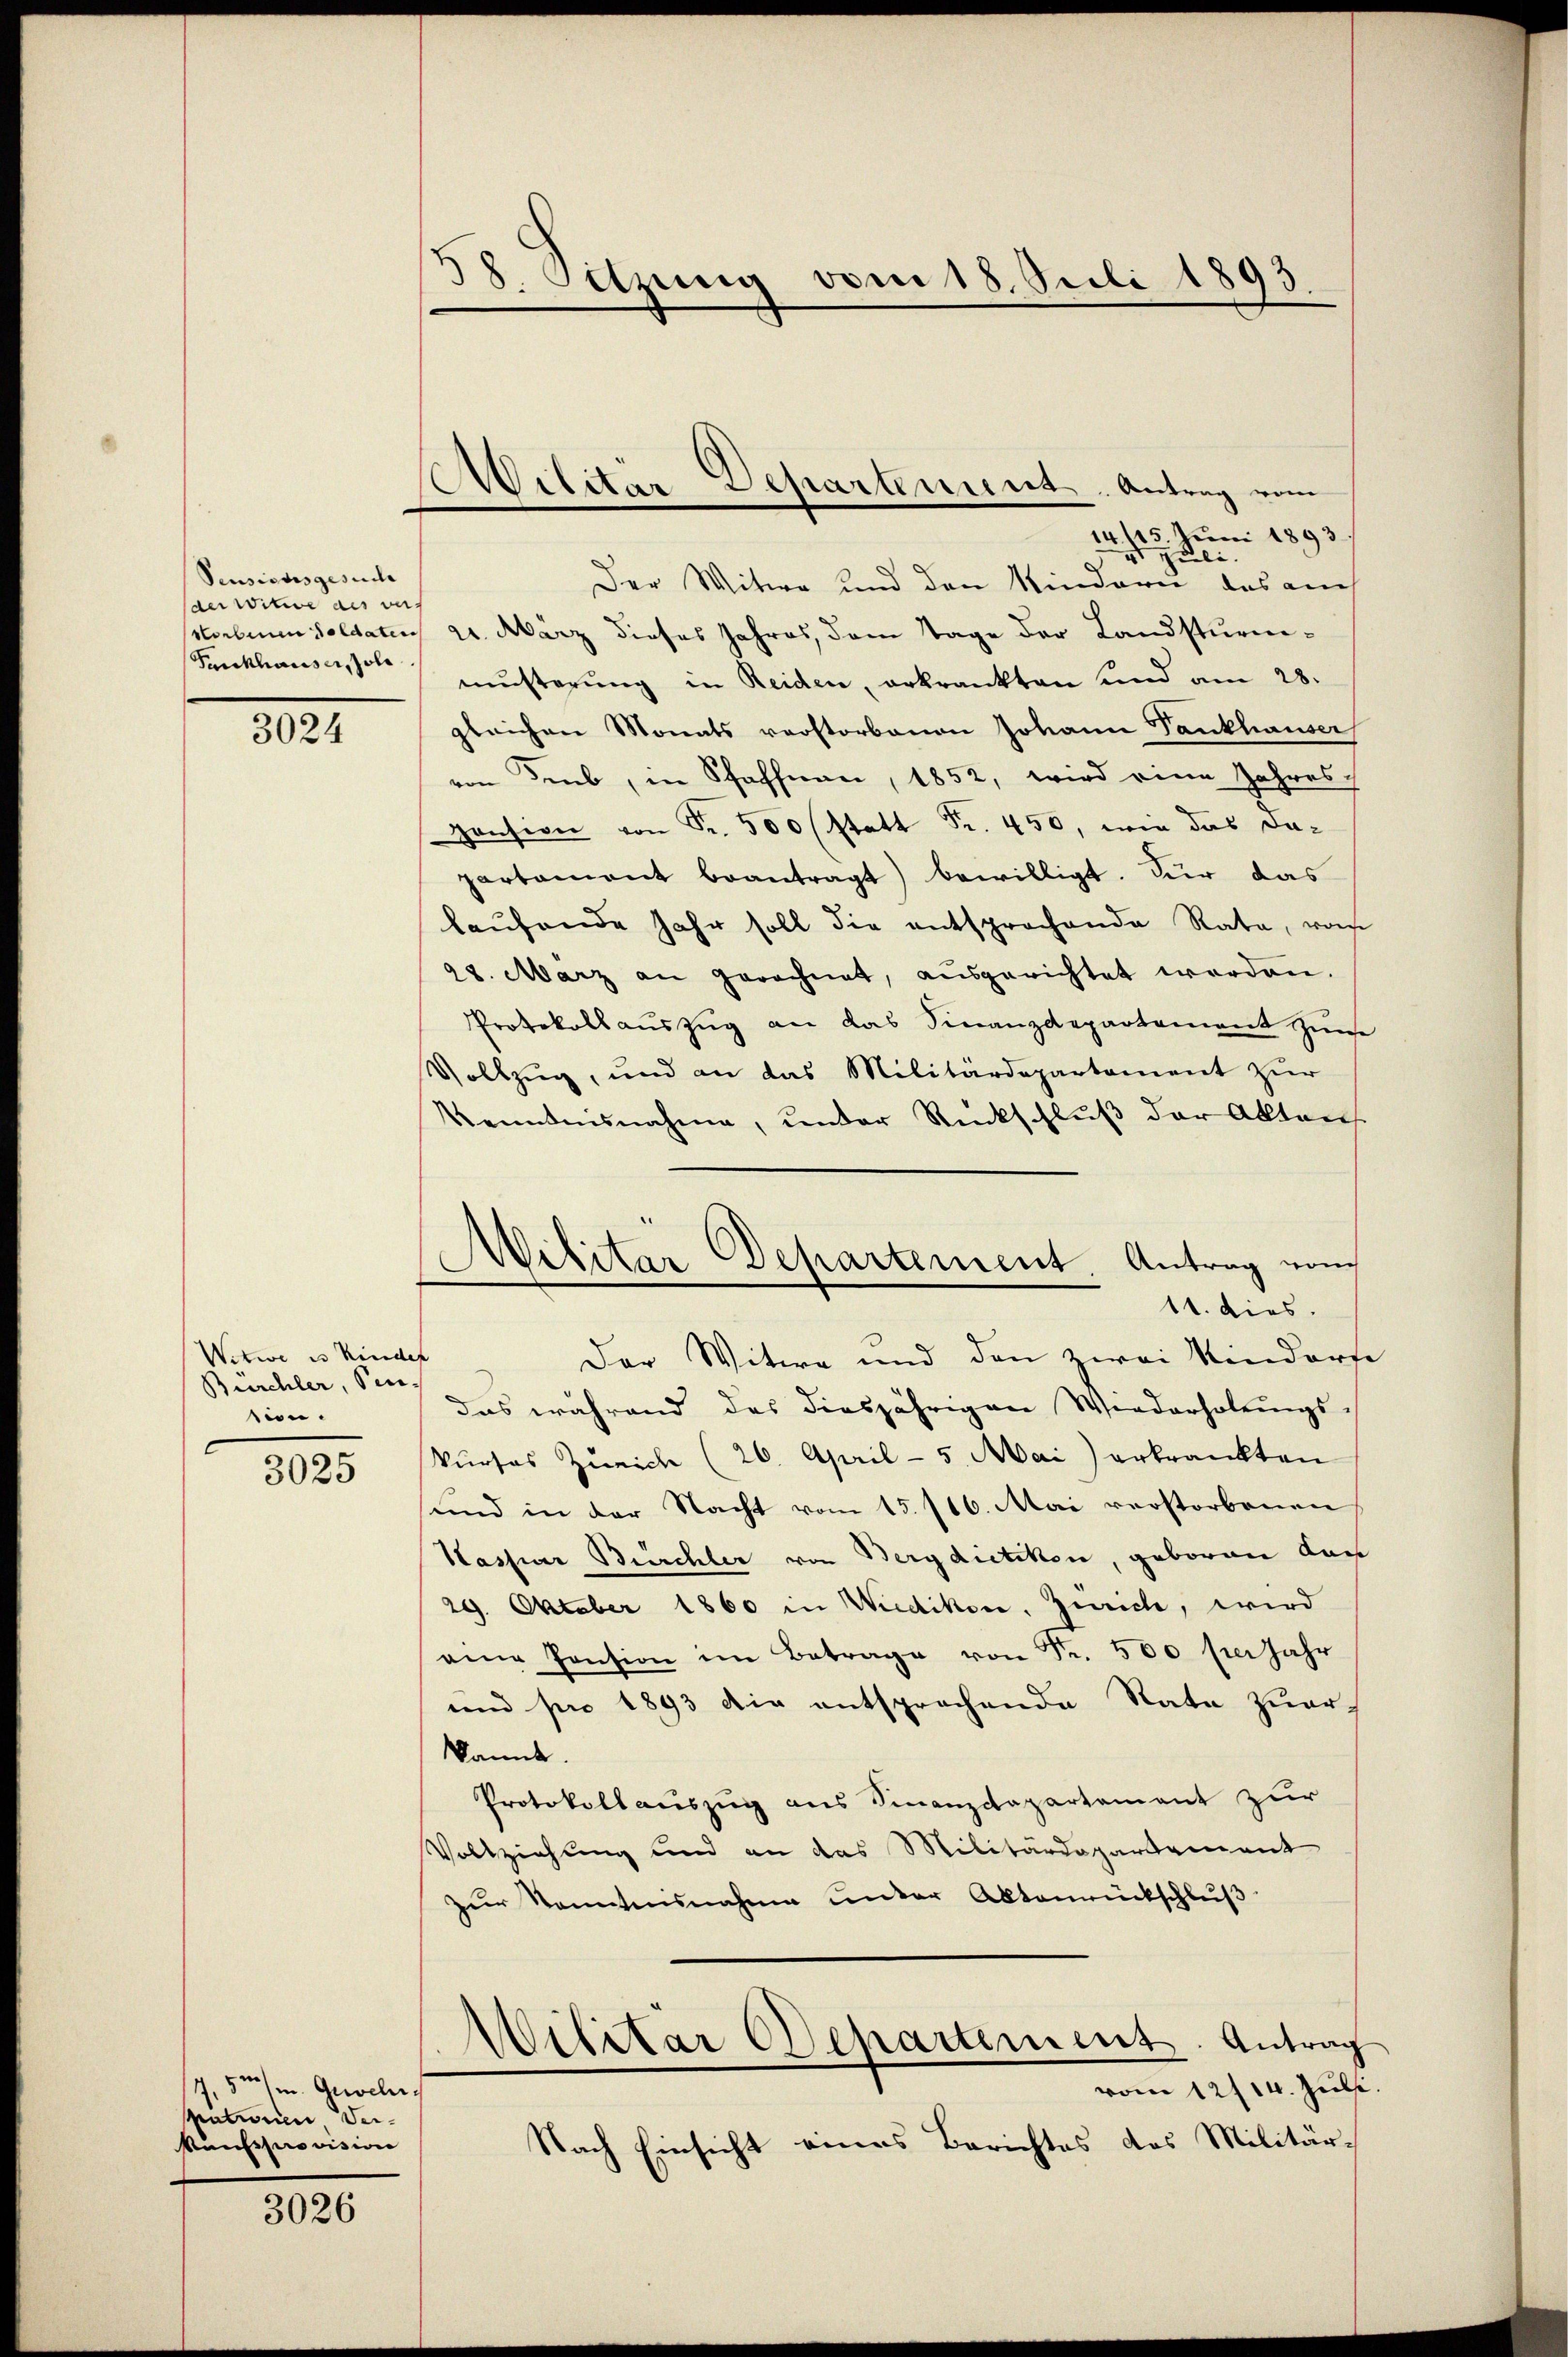
Pensionsgesuche
der Witwe des ver
Norbenen Soldaten
Fankhauser, Joli

3024

Witwe in Kinder
Burchler, Ven.
ien.

3025

4,5m m. Geweles
pationen Ver-
Rufsprovision

3026

38. Sitzung vom 18. Juli 1893.

Militär Departement. Antrag vom
e

Militar Departement. Antrag vom
11. dies

14. 115 Juni 1893
Juli
Der Witwe und den Kindern, das auch
2. März dieses Jahres, dem Tage der Landsturm-
musterŭng in Reiden, erkrankten und am 28.
gleichen Monats verstorbenen Johann Tankhauser
von Sieb, in Schaffnen, 1852, wird eine Jahres-
Pension von Fr. 500 (statt Fr. 450, wie das dapartament beantragt) bewilligt. Für das
laŭfende Jahr soll die entsprochende Rata, von
28. März an gerechnet, aŭsgerichtet werden.
Protokollauszug an das Finanzdepartement zum
Vollzug, und an das Militärdepartement zur
Kenntnisnahme, under Rückschlŭβ der Akten
Der Witwe und den zwei Sendorfe
das während das diesjährigen Wiederholungs-
kŭrses Zürich (26. April - 5. Mai erkrankten
und in der Nacht vom 15. 116. Mai verstorbenen
Kasser Burchler von Bergdietikon, geboren dan
29. Oktober 1860 in Wiedikon, Zürich, wird
eine Pension im Betrage von Fr. 500 per Jahr
und pro 1893 die entsprochende State zuer-
kannt
Protokollauszug aus Sinanzdepartament zur
Vollziehung und an das Militärdepartement
zŭr Kenntnisnahme unter Aktenrückschlŭβ
Wilitar Departement. Antrag
vom 12/14. Juli.
Nach Einsicht eines Berichtes des Militär-